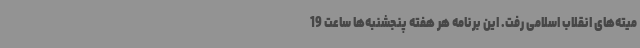
میته‌های انقلاب اسلامی رفت. این برنامه هر هفته پنجشنبه‌ها ساعت 19